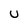
Character: U